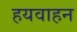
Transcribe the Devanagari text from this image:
हयवाहन